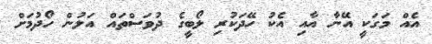
އެއް މަގަކީ އޭނާ އާއި އެކު ހޭދަކުރި ލޯބީގެ ދުވަސްތައް އަލުން ހޯދުމަށް